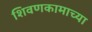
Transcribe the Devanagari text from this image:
शिवणकामाच्या